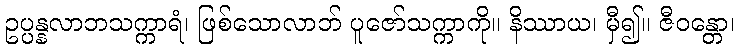
ဥပ္ပန္နလာဘသက္ကာရံ၊ ဖြစ်သောလာဘ် ပူဇော်သက္ကာကို။ နိဿာယ၊ မှီ၍။ ဇီဝန္တော၊